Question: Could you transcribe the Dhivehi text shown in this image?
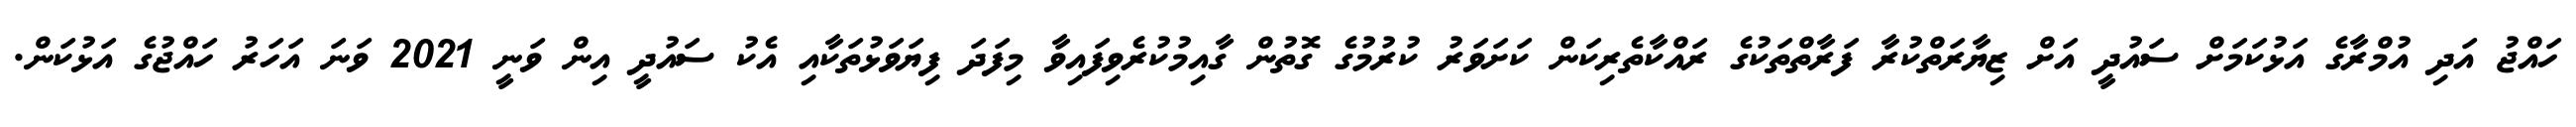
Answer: ހައްޖު އަދި އުމްރާގެ އަޅުކަމަށް ސައުދީ އަށް ޒިޔާރަތްކުރާ ފަރާތްތަކުގެ ރައްކާތެރިކަން ކަށަވަރު ކުރުމުގެ ގޮތުން ގާއިމުކުރެވިފައިވާ މިފަދަ ފިޔަވަޅުތަކާއި އެކު ސައުދީ އިން ވަނީ 2021 ވަނަ އަހަރު ހައްޖުގެ އަޅުކަން.